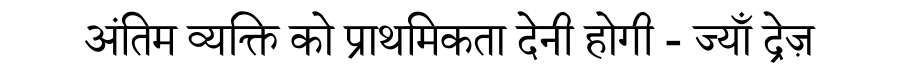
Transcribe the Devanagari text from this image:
अंतिम व्यक्ति को प्राथमिकता देनी होगी - ज्याँ द्रेज़